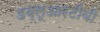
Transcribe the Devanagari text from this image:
डब्लूआरटीवी